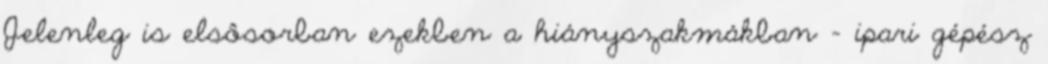
Jelenleg is elsôsorban ezekben a hiányszakmákban – ipari gépész